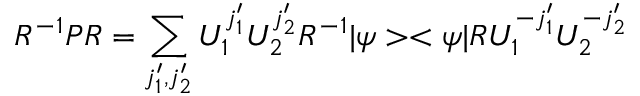
R ^ { - 1 } P R = \sum _ { j _ { 1 } ^ { \prime } , j _ { 2 } ^ { \prime } } U _ { 1 } ^ { j _ { 1 } ^ { \prime } } U _ { 2 } ^ { j _ { 2 } ^ { \prime } } R ^ { - 1 } | \psi > < \psi | R U _ { 1 } ^ { - j _ { 1 } ^ { \prime } } U _ { 2 } ^ { - j _ { 2 } ^ { \prime } }